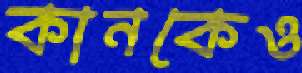
কানকেও